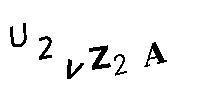
U2VZ2A